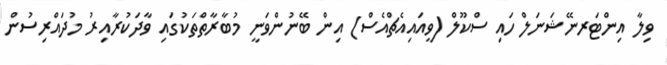
ވިލާ އިންޓަރނޭޝަނަލް ހައި ސްކޫލް (ވީއައިއެޗްއެސް) އިން ބޭނުންވަނީ މުބާރާތްތަކުގައި ވާދަކުރާއިރު މުދައްރިސުން